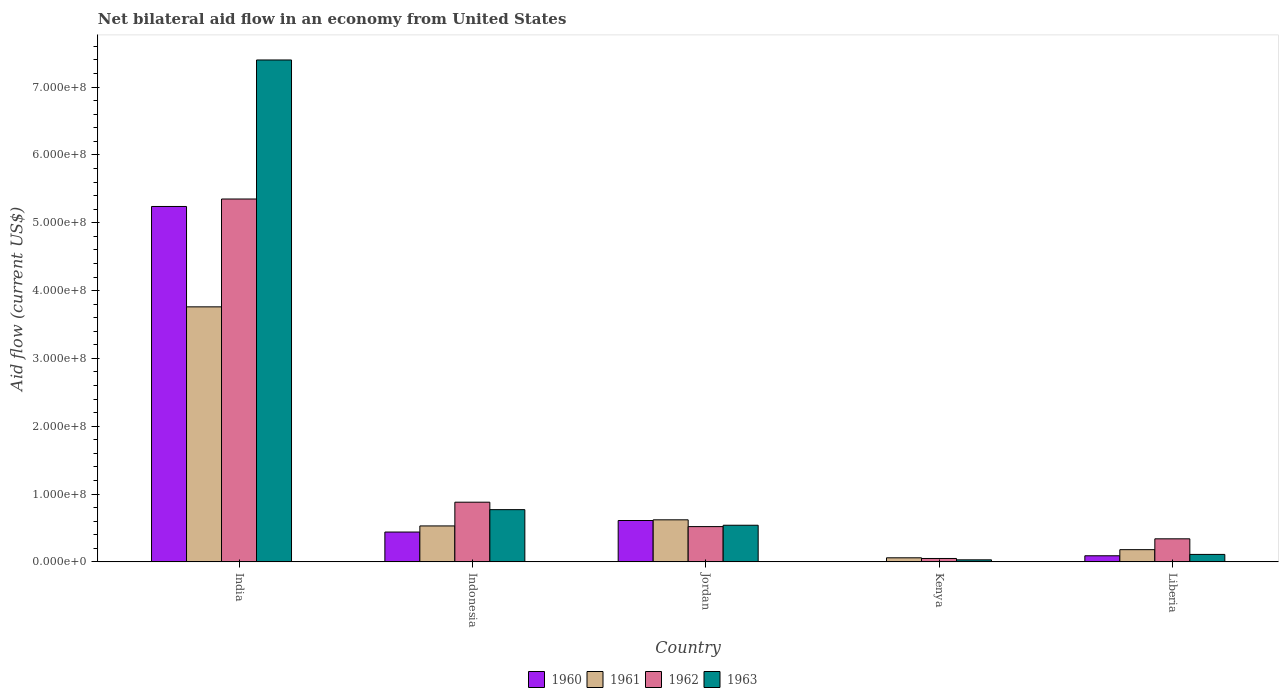
| Country | 1960 | 1961 | 1962 | 1963 |
 | --- | --- | --- | --- | --- |
 | India | 5.24e+08 | 3.76e+08 | 5.35e+08 | 7.4e+08 |
 | Indonesia | 4.4e+07 | 5.3e+07 | 8.8e+07 | 7.7e+07 |
 | Jordan | 6.1e+07 | 6.2e+07 | 5.2e+07 | 5.4e+07 |
 | Kenya | 4.8e+05 | 6e+06 | 5e+06 | 3e+06 |
 | Liberia | 9e+06 | 1.8e+07 | 3.4e+07 | 1.1e+07 |